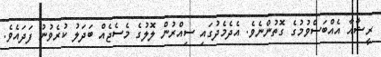
ރީޝާއާ އެއްބަސްވުމުގެ ގޮތުންނެވެ. އެދެމެދުގައި ސިއްރުން ލޮލުގެ މެސެޖެއް ބަދަލު ކުރެވުނު ފަދައެވެ.